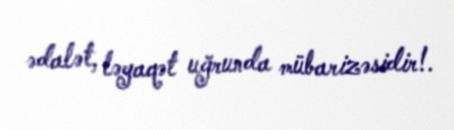
ədalət, ləyaqət uğrunda mübarizəsidir!.